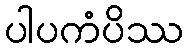
ပါပကံပိဿ